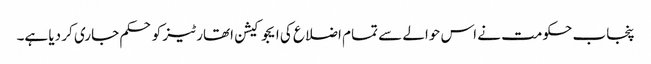
پنجاب حکومت نے اس حوالے سے تمام اضلاع کی ایجوکیشن اتھارٹیز کو حکم جاری کر دیا ہے۔